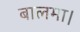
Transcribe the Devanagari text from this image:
बालमा।